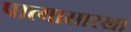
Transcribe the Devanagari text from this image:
पात्यासारखा